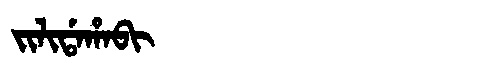
Manchu: ᠵᡳᠯᡳᡩᠠᡥᠠᠪᡳ
Romanization: JILIDAHABI